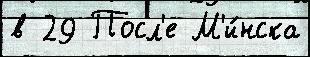
в 29 Посл'е М'и́нска